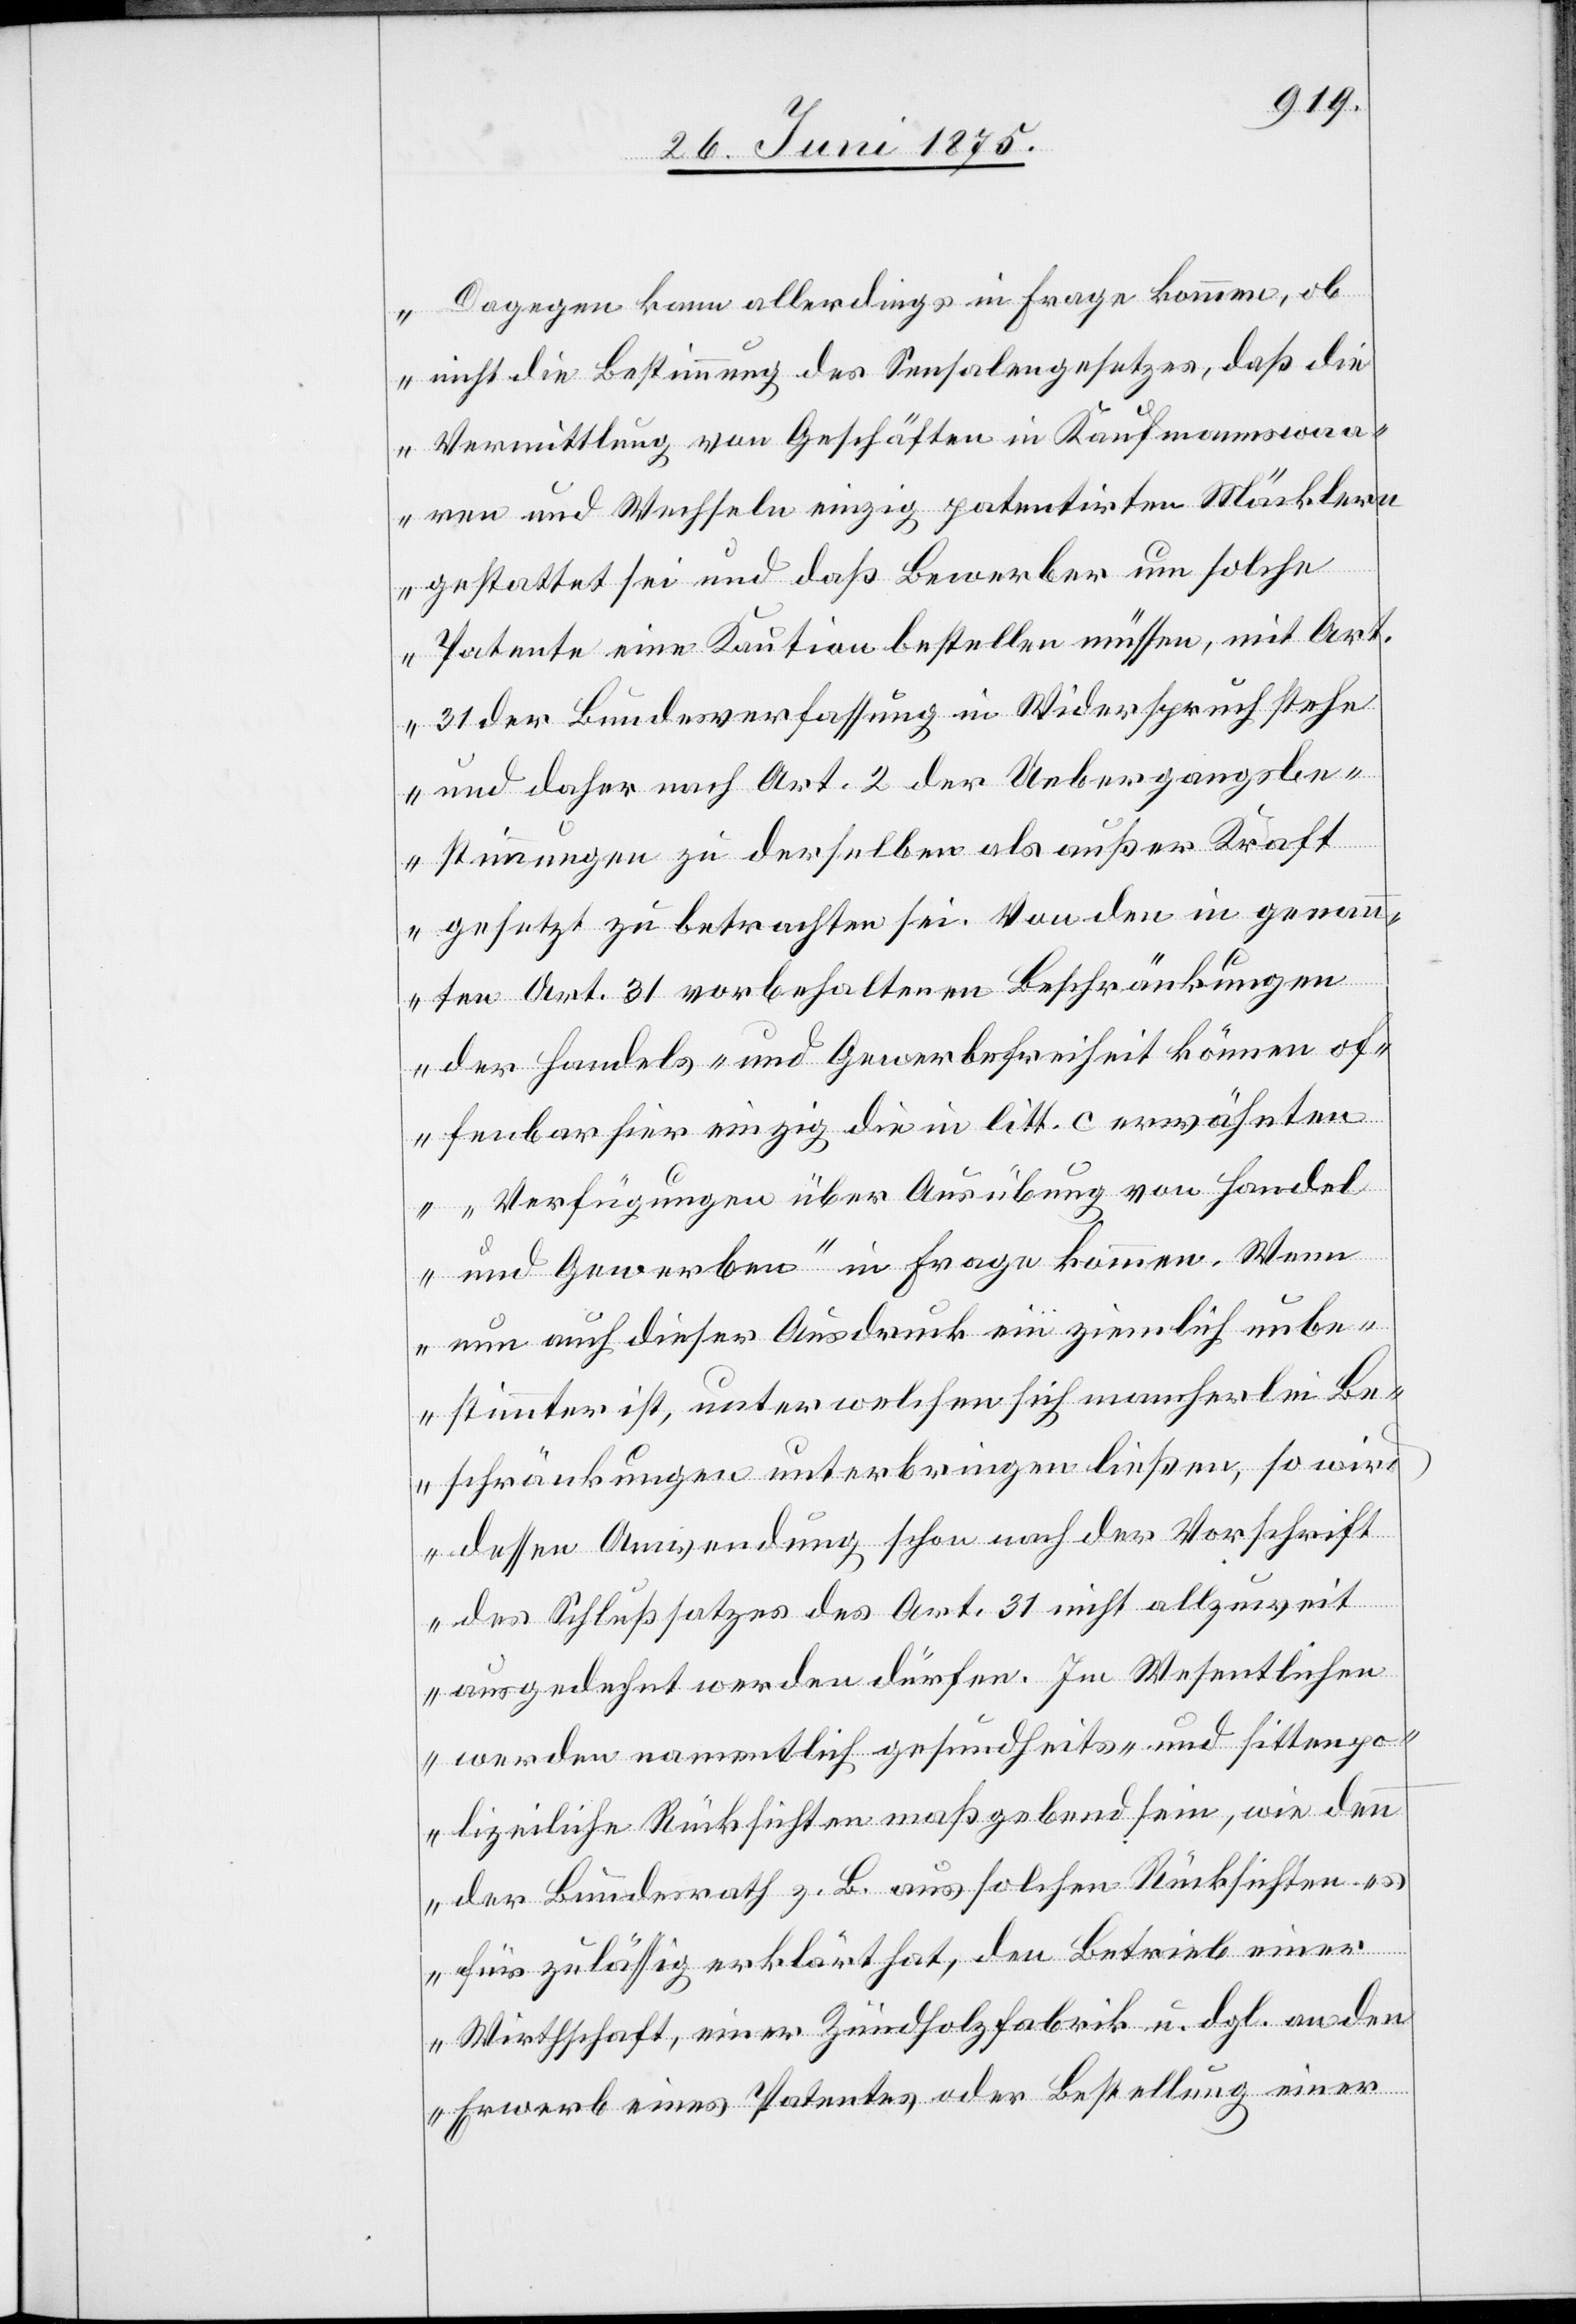
Dagegen kann allerdings in Frage kommen, ob
nicht die Bestimmung des Sensalengesetzes, daß die
Vermittlung von Geschäften in Kaufmannswaa¬
ren und Wechseln einzig patentirten Mäcklern
gestattet sei und daß Bewerber um solche
Patente eine Kaution bestellen müssen, mit Art.
31 der Bundesverfassung in Widerspruch stehe
und daher nach Art. 2 der Uebergangsbe¬
stimmungen zu derselben als außer Kraft
gesetzt zu betrachten sei. Von den in genann¬
[sic!] Art. 31 vorbehaltenen Beschränkungen
der Handels- und Gewerbefreiheit können of¬
fenbar hier einzig die in litt. c erwähnten
„Verfügungen über Ausübung von Hande¬
l und Gewerben“ in Frage kommen. Wenn
nun auch dieser Ausdruck ein ziemlich unbe¬
stimmter ist, unter welchen sich mancherlei Be¬
schränkungen unterbringen ließen, so wird
dessen Anwendung schon nach der Vorschrift
des Schlußsatzes des Art. 31 nicht allzu weit
ausgedehnt werden dürfen. Im Wesentlichen
werden namentlich gesundheits- und sittenpo¬
lizeiliche Rücksichten maßgebend sein, wie denn
der Bundesrath z. B. aus solchen Rücksichten es
ten
für zulässig erklärt hat, den Betrieb einer
Wirthschaft, einer Zündholzfabrik u. dgl. an den
Erwerb eines Patentes oder Bestellung einer